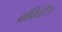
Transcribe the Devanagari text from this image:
ब्रोंकिटिस